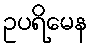
ဥပရိမေန